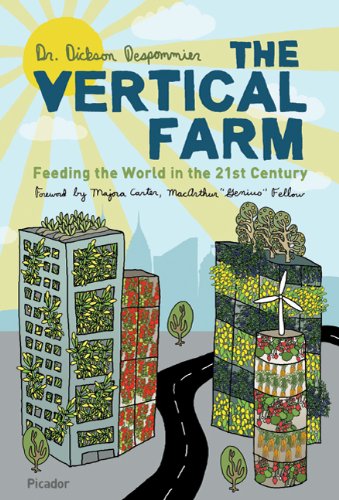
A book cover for The Vertical Farm: Feeding the World in the 21st Century; Dickson Despommier; Science & Math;